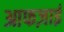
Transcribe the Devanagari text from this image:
आफज़ाई